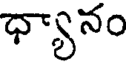
ధ్యానం